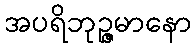
အပရိဘုဉ္ဇမာနော